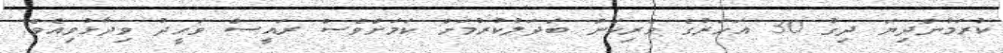
ކުރަމުންދިޔަ ދިގު 30 އަހަރުގެ ވެރިކަން ބަދަލުކުރުމަށް ކަމަށްވެސް ރައީސް ވަހީދު ވިދާޅުވިއެވެ.